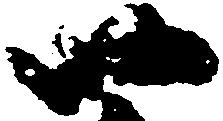
四